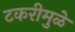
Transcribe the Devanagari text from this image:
टकरीमुळे